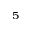
^ 5